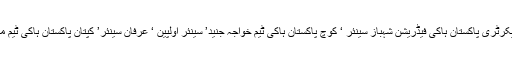
جن میں جنرل سیکرٹری پاکستان ہاکی فیڈریشن شہباز سینئر ‘ کوچ پاکستان ہاکی ٹیم خواجہ جنید’ سینئر اولپین ‘ عرفان سینئر’ کپتان پاکستان ہاکی ٹیم محمد عمران تھے۔